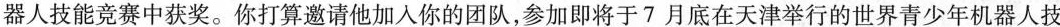
器人技能竞赛中获奖。你打算邀请他加入你的团队，参加即将于7月底在天津举行的世界青少年机器人技